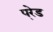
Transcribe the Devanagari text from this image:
परे़ड